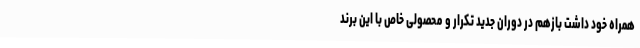
همراه خود داشت بازهم در دوران جدید تکرار و محصولی خاص با این برند